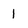
Character: 1